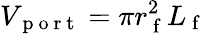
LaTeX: V_{\mathrm{~p~o~r~t~}}=\pi r_{\mathrm{~f~}}^{2}L_{\mathrm{~f~}}